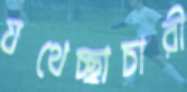
যথেচ্ছাচারী